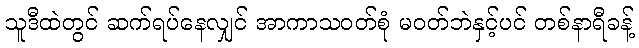
သူဒီထဲတွင် ဆက်ရပ်နေလျှင် အာကာသဝတ်စုံ မဝတ်ဘဲနှင့်ပင် တစ်နာရီခန့်